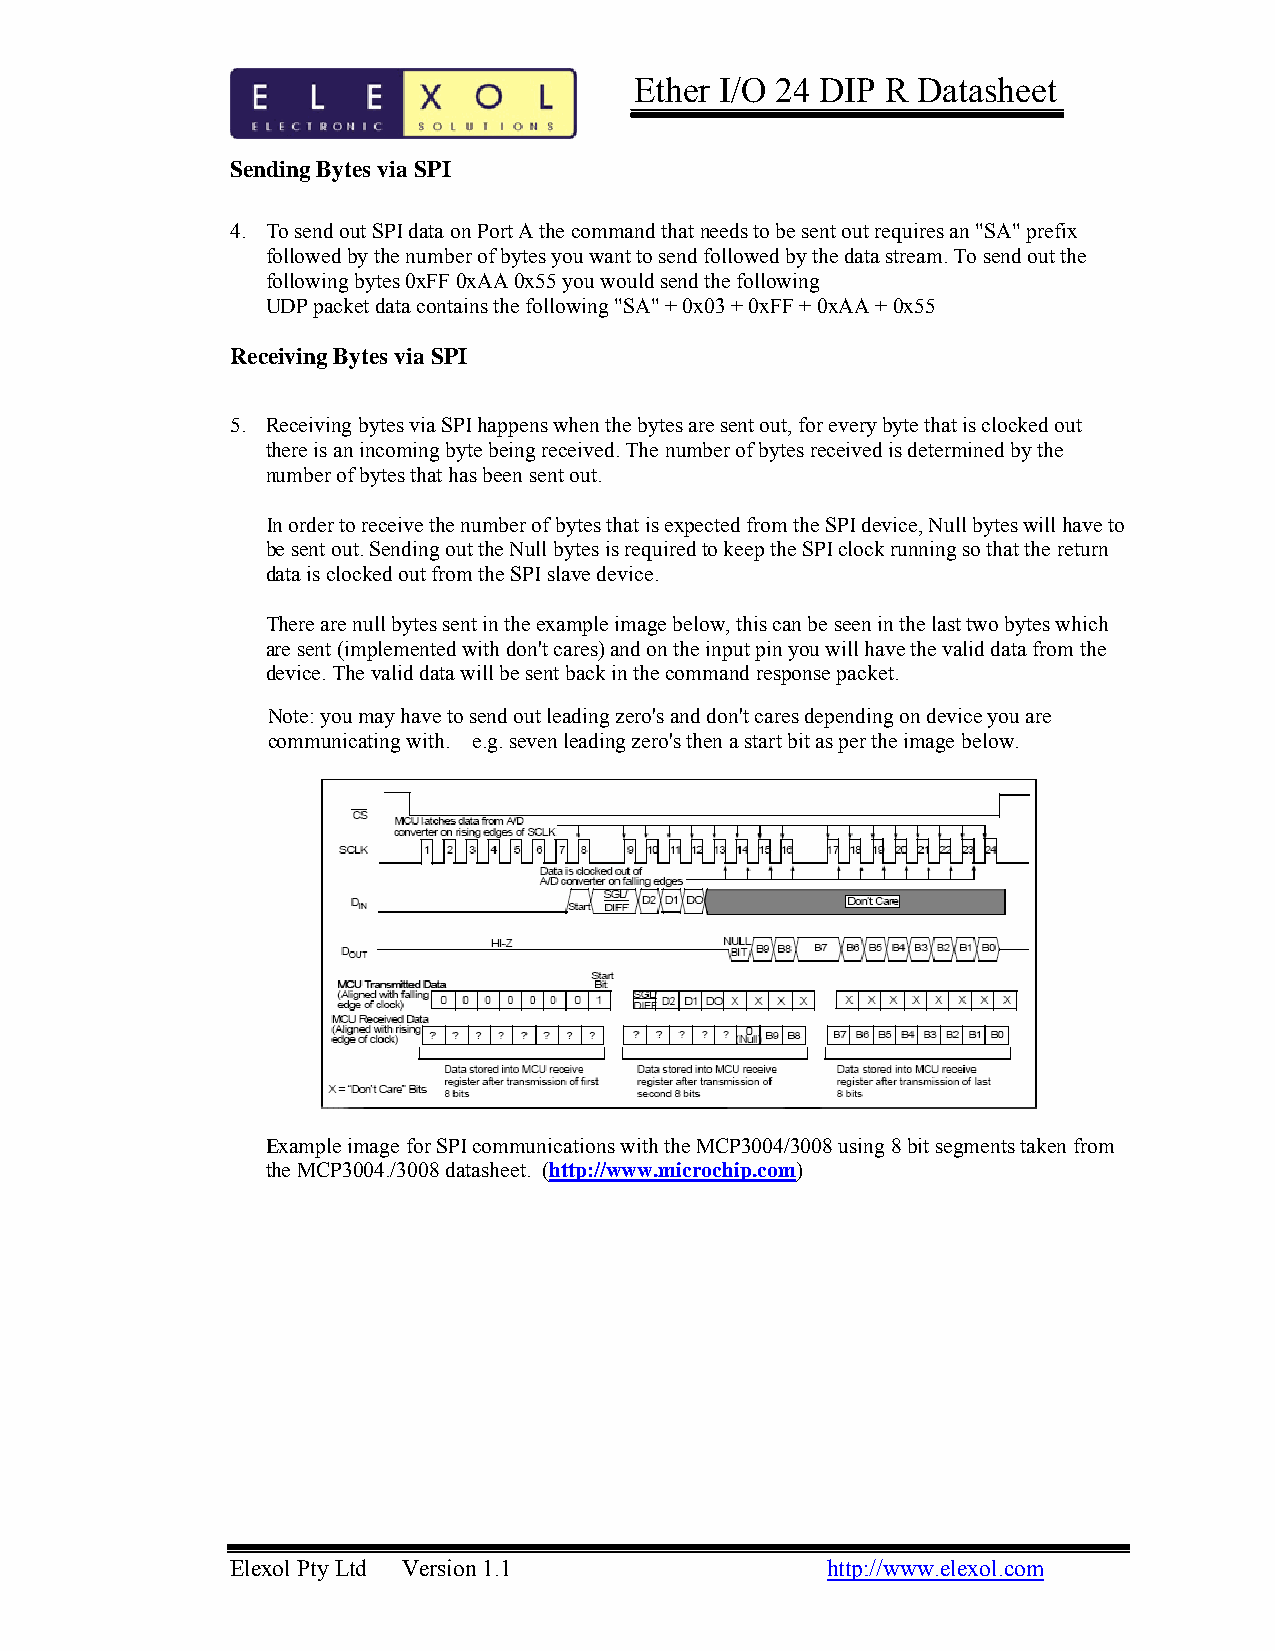
Ether I/O 24 DIP R Datasheet
 Sending Bytes via SPI
 4. To send out SPI data on Port A the command that needs to be sent out requires an "SA" prefix
 followed by the number of bytes you want to send followed by the data stream. To send out the
 following bytes 0xFF 0xAA 0x55 you would send the following
 UDP packet data contains the following "SA" + 0x03 + 0xFF + 0xAA + 0x55
 Receiving Bytes via SPI
 5. Receiving bytes via SPI happens when the bytes are sent out, for every byte that is clocked out
 there is an incoming byte being received. The number of bytes received is determined by the
 number of bytes that has been sent out.
 In order to receive the number of bytes that is expected from the SPI device, Null bytes will have to
 be sent out. Sending out the Null bytes is required to keep the SPI clock running so that the return
 data is clocked out from the SPI slave device.
 There are null bytes sent in the example image below, this can be seen in the last two bytes which
 are sent (implemented with don't cares) and on the input pin you will have the valid data from the
 device. The valid data will be sent back in the command response packet.
 Note: you may have to send out leading zero's and don't cares depending on device you are
 communicating with. e.g. seven leading zero's then a start bit as per the image below.
 Example image for SPI communications with the MCP3004/3008 using 8 bit segments taken from
 the MCP3004./3008 datasheet. (http://www.microchip.com)
 Elexol Pty Ltd Version 1.1              http://www.elexol.com